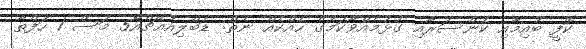
ކޮފީ ބުއިމާއި ކެންސަރާއި ގުޅުމެއްވާކަމުގެ ހެއްކެއް ނެތް: ޑަބްލިއުއެޗްއޯ5 މަސް 1 ހަފްތާ